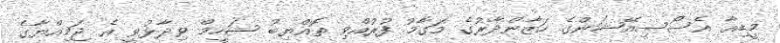
މީޑިއާ އެސޯސިއޭޝަންގެ ހަޒާންދާރުގެ މަގާމު ފުރުއްވި ތޮއްޔިބު ޝަހީމް ވިދާޅުވީ އެ ޖަމިއްޔާގެ